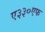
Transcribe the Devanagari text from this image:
ए३३०एफ